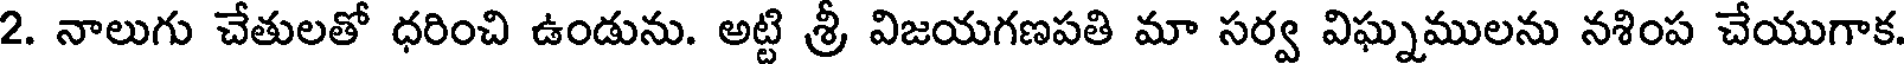
2. నాలుగు చేతులతో ధరించి ఉండును. అట్టి శ్రీ విజయగణపతి మా సర్వ విఘ్నములను నశింప చేయుగాక